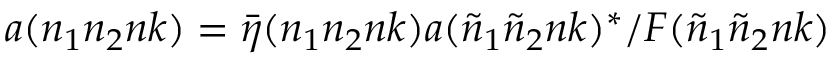
a ( n _ { 1 } n _ { 2 } n k ) = { \bar { \eta } } ( n _ { 1 } n _ { 2 } n k ) a ( { \tilde { n } } _ { 1 } { \tilde { n } } _ { 2 } n k ) ^ { * } / F ( { \tilde { n } } _ { 1 } { \tilde { n } } _ { 2 } n k )